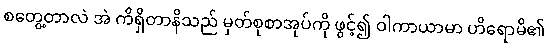
စတွေ့တာလဲ အဲ ကိရှိတာနိသည် မှတ်စုစာအုပ်ကို ဖွင့်၍ ဝါကာယာမာ ဟိရောမိ၏